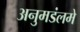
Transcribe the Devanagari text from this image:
अनुमडंलमे